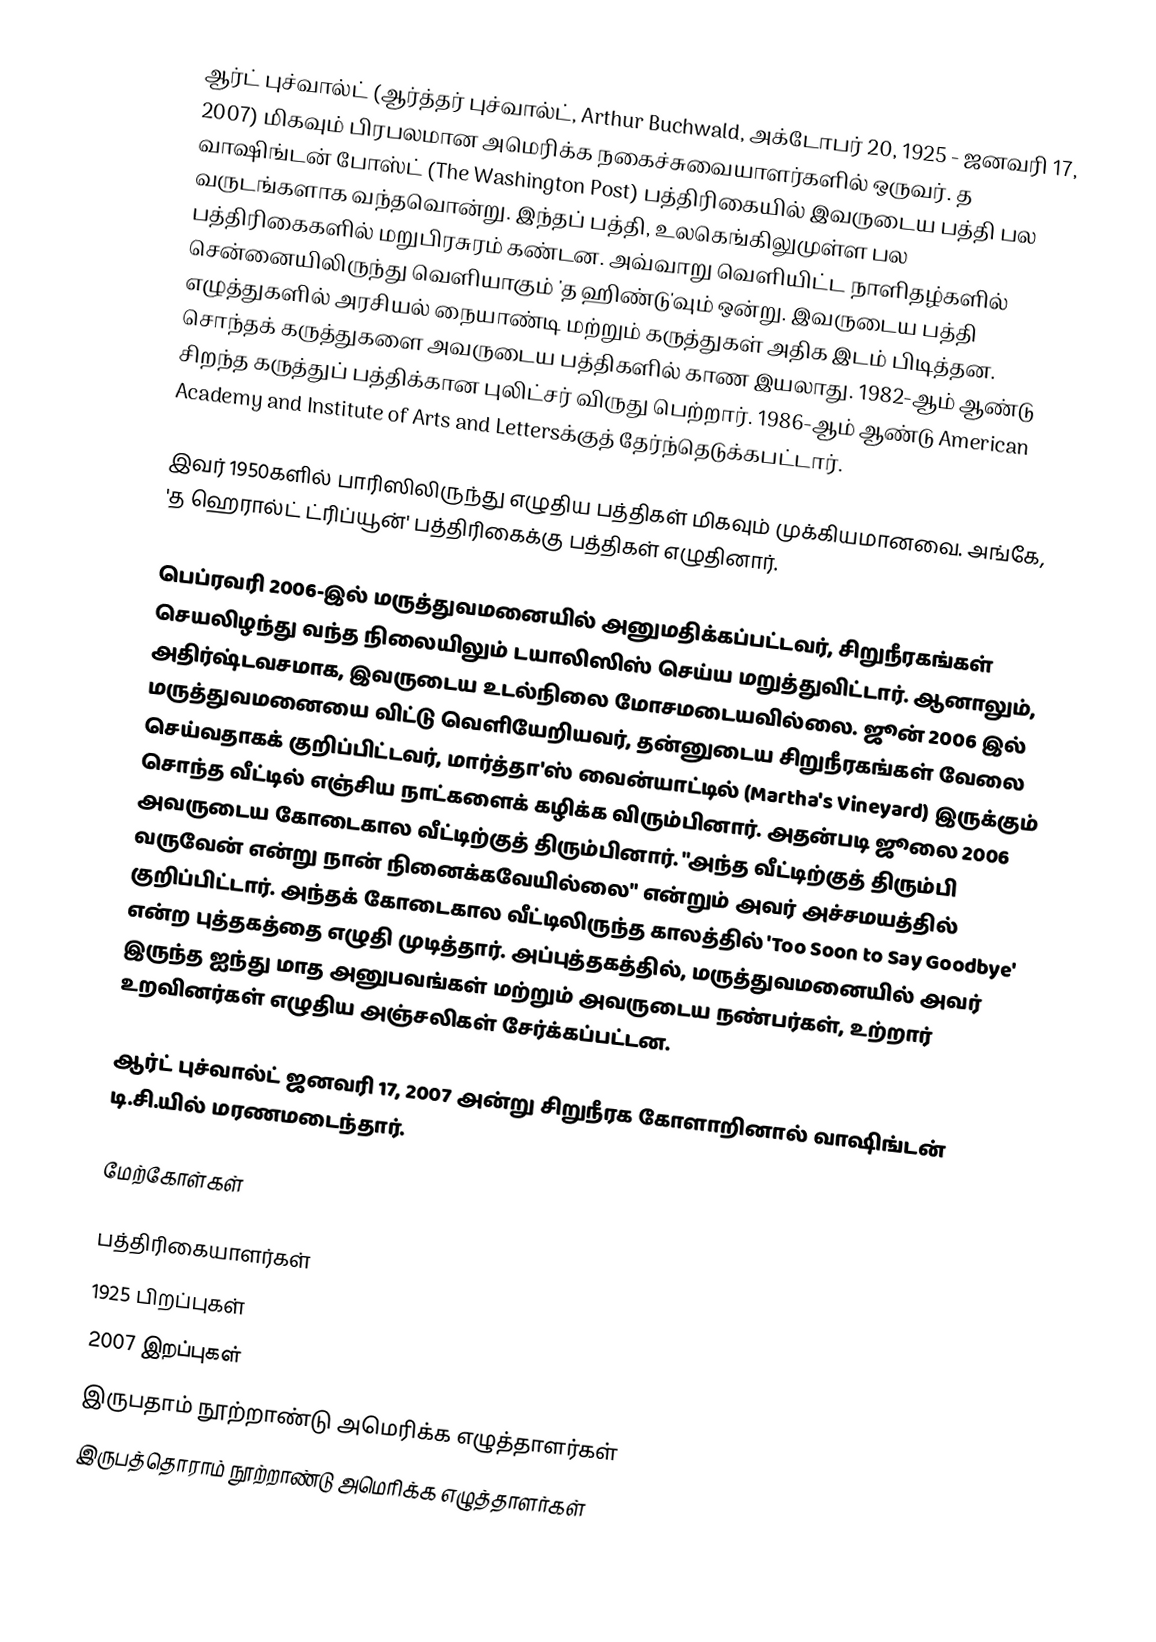
ஆர்ட் புச்வால்ட் (ஆர்த்தர் புச்வால்ட், Arthur Buchwald, அக்டோபர் 20, 1925 - ஜனவரி 17, 2007) மிகவும் பிரபலமான அமெரிக்க நகைச்சுவையாளர்களில் ஒருவர். த வாஷிங்டன் போஸ்ட் (The Washington Post) பத்திரிகையில் இவருடைய பத்தி பல வருடங்களாக வந்தவொன்று. இந்தப் பத்தி, உலகெங்கிலுமுள்ள பல பத்திரிகைகளில் மறுபிரசுரம் கண்டன. அவ்வாறு வெளியிட்ட நாளிதழ்களில் சென்னையிலிருந்து வெளியாகும் 'த ஹிண்டு'வும் ஒன்று. இவருடைய பத்தி எழுத்துகளில் அரசியல் நையாண்டி மற்றும் கருத்துகள் அதிக இடம் பிடித்தன. சொந்தக் கருத்துகளை அவருடைய பத்திகளில் காண இயலாது. 1982-ஆம் ஆண்டு சிறந்த கருத்துப் பத்திக்கான புலிட்சர் விருது பெற்றார். 1986-ஆம் ஆண்டு American Academy and Institute of Arts and Lettersக்குத் தேர்ந்தெடுக்கபட்டார்.

இவர் 1950களில் பாரிஸிலிருந்து எழுதிய பத்திகள் மிகவும் முக்கியமானவை. அங்கே, 'த ஹெரால்ட் ட்ரிப்யூன்' பத்திரிகைக்கு பத்திகள் எழுதினார்.

பெப்ரவரி 2006-இல் மருத்துவமனையில் அனுமதிக்கப்பட்டவர், சிறுநீரகங்கள் செயலிழந்து வந்த நிலையிலும் டயாலிஸிஸ் செய்ய மறுத்துவிட்டார். ஆனாலும், அதிர்ஷ்டவசமாக, இவருடைய உடல்நிலை மோசமடையவில்லை. ஜூன் 2006 இல் மருத்துவமனையை விட்டு வெளியேறியவர், தன்னுடைய சிறுநீரகங்கள் வேலை செய்வதாகக் குறிப்பிட்டவர், மார்த்தா'ஸ் வைன்யாட்டில் (Martha's Vineyard) இருக்கும் சொந்த வீட்டில் எஞ்சிய நாட்களைக் கழிக்க விரும்பினார். அதன்படி ஜூலை 2006 அவருடைய கோடைகால வீட்டிற்குத் திரும்பினார். "அந்த வீட்டிற்குத் திரும்பி வருவேன் என்று நான் நினைக்கவேயில்லை" என்றும் அவர் அச்சமயத்தில் குறிப்பிட்டார். அந்தக் கோடைகால வீட்டிலிருந்த காலத்தில் 'Too Soon to Say Goodbye' என்ற புத்தகத்தை எழுதி முடித்தார். அப்புத்தகத்தில், மருத்துவமனையில் அவர் இருந்த ஐந்து மாத அனுபவங்கள் மற்றும் அவருடைய நண்பர்கள், உற்றார் உறவினர்கள் எழுதிய அஞ்சலிகள் சேர்க்கப்பட்டன.

ஆர்ட் புச்வால்ட் ஜனவரி 17, 2007 அன்று சிறுநீரக கோளாறினால் வாஷிங்டன் டி.சி.யில் மரணமடைந்தார்.

மேற்கோள்கள்

பத்திரிகையாளர்கள்
1925 பிறப்புகள்
2007 இறப்புகள்
இருபதாம் நூற்றாண்டு அமெரிக்க எழுத்தாளர்கள்
இருபத்தொராம் நூற்றாண்டு அமெரிக்க எழுத்தாளர்கள்